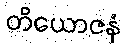
တိယောဇနံ